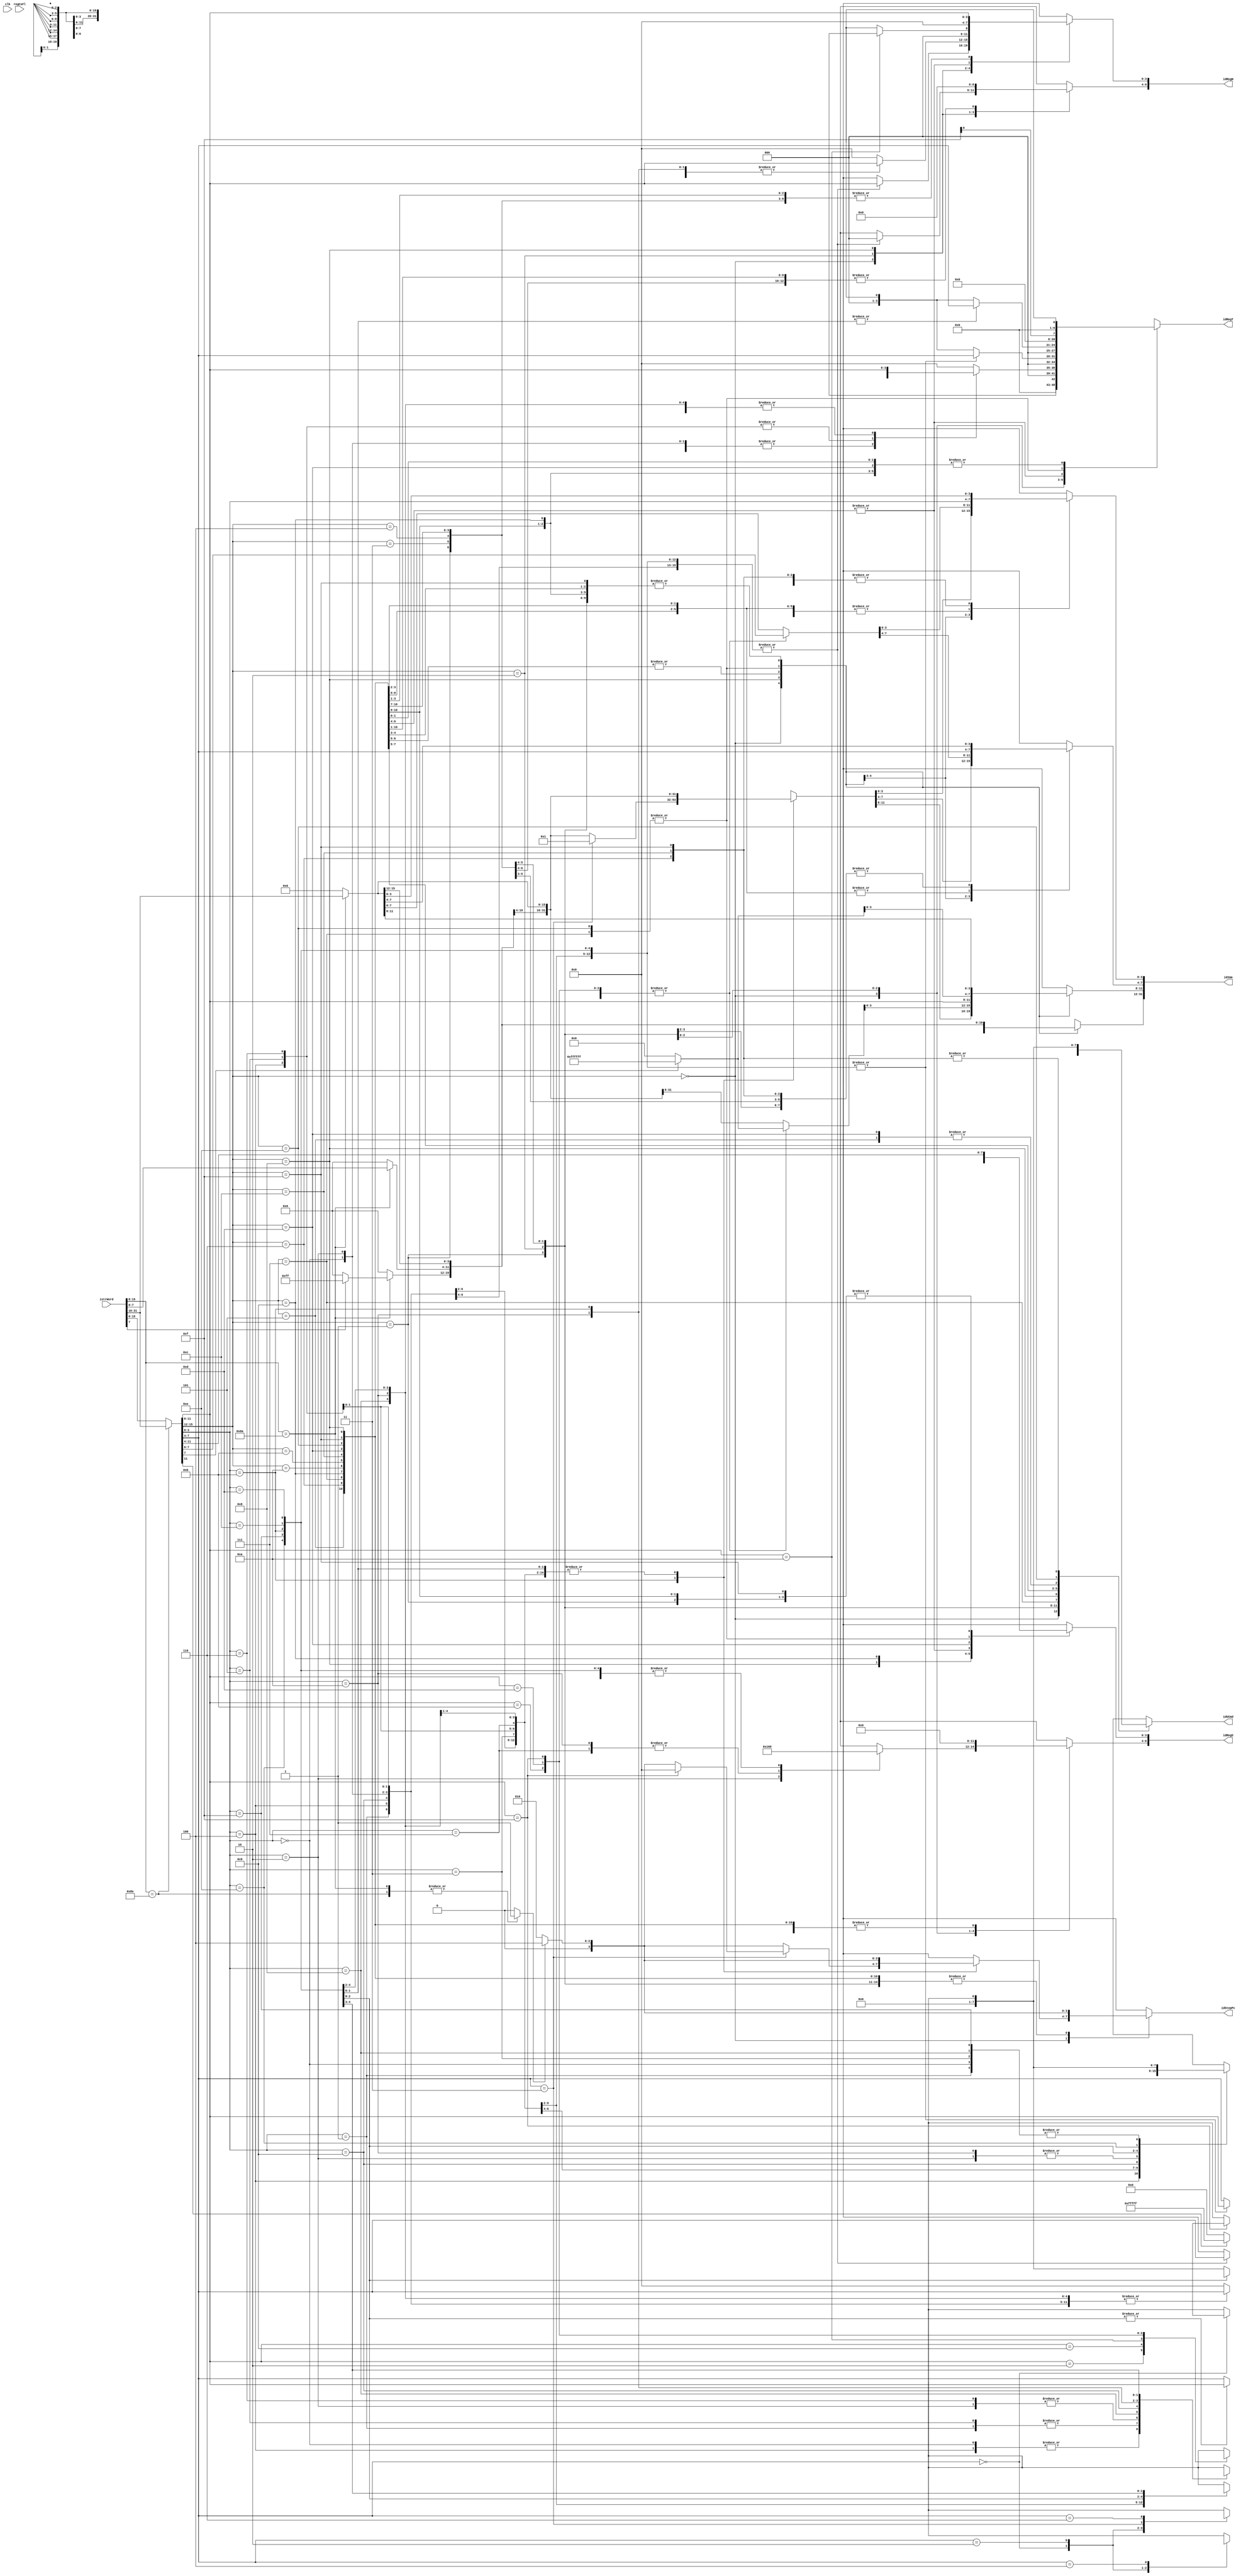
module DecOp2(
	/* verilator lint_off UNUSED */
	clk,
	istrWord,
	regCsFl,
	idRegN,
	idRegS,
	idRegT,
	idImm,
	idStepPc,
	idUCmd
	);

input clk;				//clock
input[31:0] istrWord;	//source instruction word
input[15:0] regCsFl;	//current SR/FPSCR

output[6:0] idRegN;
output[6:0] idRegS;
output[6:0] idRegT;
output[31:0] idImm;
output[3:0] idStepPc;

output[7:0] idUCmd;

reg isOp32;
reg isOp8E;
reg[7:0] opPfxImm;
reg[15:0] opCmdWord;

reg[6:0] opRegN;
reg[6:0] opRegS;
reg[6:0] opRegT;	//Index for mem ops
reg[31:0] opImm;	//Disp for mem ops
reg[7:0] opUCmd;

assign	idRegN = opRegN;
assign	idRegS = opRegS;
assign	idRegT = opRegT;
assign	idImm = opImm;
assign	idUCmd = opUCmd;

always @ (clk)
begin

	idStepPc = 2;
	
	opPfxImm=0;
	opCmdWord=0;

	opRegN=0;
	opRegS=0;
	opRegT=0;
	opUCmd=UCMD_UDBRK;
	opImm=0;


	isOp32=0;
	isOp8E=0;
	case(istrWord[15:8])
		8'h8A: begin
			isOp32=1;
			opCmdWord=istrWord[15:0];
			
			opImm[31:24]=istrWord[7]?8'hFF:8'h00;
			opImm[23:16]=istrWord[7:0];
			opImm[15: 0]=istrWord[31:16];
		end

		8'h8E: begin
			isOp32=1;
			isOp8E=1;
			opPfxImm=istrWord[7:0];
			opCmdWord=istrWord[31:16];
		end

		default: begin
			opCmdWord=istrWord[15:0];
		end
	endcase

	if(isOp32)
		idStepPc = 4;

	case(opCmdWord[15:12])
	4'h0: begin		//0xxx
		opRegN={3'h0, opCmdWord[11:8]};
		opRegS={3'h0, opCmdWord[ 7:4]};
		opRegT=UREG_R0;

		case(opCmdWord[3:0])
			4'h0: begin		//0xx0
				/* Unimplemented, 2A */
			end

			4'h1: begin		//0xx1
				/* Unimplemented, 2A */
			end
		
			4'h2: begin		//0xx2, STC
				opUCmd=UCMD_MOV_RR;
				opRegN={3'h0, opCmdWord[11:8]};
				opRegS={3'h5, opCmdWord[ 7:4]};
			end

			4'h3: begin		//0xx3
				case(opCmdWord[7:4])

				4'h3: begin
				end

				default: begin end

				endcase
			end

			4'h4: begin		//0xx4
				opUCmd=UCMD_MOVB_RM;
			end
			4'h5: begin		//0xx5
				opUCmd=UCMD_MOVW_RM;
			end
			4'h6: begin		//0xx6
				opUCmd=UCMD_MOVL_RM;
			end

			4'h7: begin		//0xx7
				opUCmd=UCMD_ALU_DMULS;
				opRegN[6:4]=3'h0;
				opRegS[6:4]=3'h4;
			end

			4'h8: begin		//0xx8
				case(opCmdWord[7:4])

				4'h3: begin
				end

				default: begin end

				endcase
			end

			4'h9: begin		//0xx9
				case(opCmdWord[7:4])

				4'h0: begin
					opUCmd=UCMD_NONE;
				end

				4'h3: begin
				end

				default: begin end

				endcase
			end

			4'hA: begin		//0xxA
				opUCmd=UCMD_MOV_RR;
				opRegN={3'h0, opCmdWord[11:8]};
				opRegS={3'h4, opCmdWord[ 7:4]};
			end

			4'hB: begin		//0zzB
				case(opCmdWord[7:4])

				4'h0: begin		//0z0B
					opUCmd=UCMD_RTS;
				end

				4'h2: begin		//0z2B
					opUCmd=UCMD_RTE;
				end

				4'h3: begin		//0z3B
					opUCmd=UCMD_UDBRK;
					opImm=1;
					if(opCmdWord[11:8]==4'hF)
					begin
						opUCmd=UCMD_NONE;
						idStepPc=0;
					end
				end

				4'h6: begin		//0z6B
					opUCmd=UCMD_RTSN;
				end

				default: begin end

				endcase
			end

			4'hC: begin		//0xxC
				opUCmd=UCMD_MOVB_MR;
			end

			4'hD: begin		//0xxD
				opUCmd=UCMD_MOVW_MR;
			end

			4'hE: begin		//0xxE
				opUCmd=UCMD_MOVL_MR;
			end

			4'hF: begin		//0xxF
				//MAC.L
			end

			default: begin end
		endcase
	end

	4'h1: begin		//1xxx
		opRegN={3'h0, opCmdWord[11:8]};
		opRegS={3'h0, opCmdWord[ 7:4]};
		opRegT=UREG_ZZR;
		opImm[3:0]=opCmdWord[ 3:0];
		opUCmd=UCMD_MOVL_RM;
	end

	4'h2: begin		//2xxx
		case(opCmdWord[3:0])
			4'h0: begin		//2xx0
				opUCmd=UCMD_MOVB_RM;
				opRegN={3'h0, opCmdWord[11:8]};
				opRegS={3'h0, opCmdWord[ 7:4]};
				opRegT=UREG_ZZR;
			end
			4'h1: begin		//2xx1
				opUCmd=UCMD_MOVW_RM;
				opRegN={3'h0, opCmdWord[11:8]};
				opRegS={3'h0, opCmdWord[ 7:4]};
				opRegT=UREG_ZZR;
			end
			4'h2: begin		//2xx2
				opUCmd=UCMD_MOVL_RM;
				opRegN={3'h0, opCmdWord[11:8]};
				opRegS={3'h0, opCmdWord[ 7:4]};
				opRegT=UREG_ZZR;
			end

			4'h4: begin		//2xx4
				opUCmd=UCMD_MOVB_RM;
				opRegN={3'h0, opCmdWord[11:8]};
				opRegS={3'h0, opCmdWord[ 7:4]};
				opRegT=UREG_MR_MEMDEC;
			end
			4'h5: begin		//2xx5
				opUCmd=UCMD_MOVW_RM;
				opRegN={3'h0, opCmdWord[11:8]};
				opRegS={3'h0, opCmdWord[ 7:4]};
				opRegT=UREG_MR_MEMDEC;
			end
			4'h6: begin		//2xx6
				opUCmd=UCMD_MOVL_RM;
				opRegN={3'h0, opCmdWord[11:8]};
				opRegS={3'h0, opCmdWord[ 7:4]};
				opRegT=UREG_MR_MEMDEC;
			end

			4'h8: begin		//2xx8
				opUCmd=UCMD_CMP_TST;
				opRegT={3'h0, opCmdWord[11:8]};
				opRegS={3'h0, opCmdWord[ 7:4]};
			end

			4'h9: begin		//2xx9
				opUCmd=UCMD_ALU_AND;
				opRegN={3'h0, opCmdWord[11:8]};
				opRegS={3'h0, opCmdWord[ 7:4]};
				opRegT={3'h0, opCmdWord[11:8]};
			end

			4'hA: begin		//2xxA
				opUCmd=UCMD_ALU_XOR;
				opRegT=opRegN;
				opRegN={3'h0, opCmdWord[11:8]};
				opRegS={3'h0, opCmdWord[ 7:4]};
				opRegT={3'h0, opCmdWord[11:8]};
			end

			4'hB: begin		//2xxB
				opUCmd=UCMD_ALU_OR;
				opRegT=opRegN;
				opRegN={3'h0, opCmdWord[11:8]};
				opRegS={3'h0, opCmdWord[ 7:4]};
				opRegT={3'h0, opCmdWord[11:8]};
			end


			4'hE: begin		//2xxE
				opUCmd=UCMD_ALU_MULUW;
				opRegT={3'h0, opCmdWord[11:8]};
				opRegS={3'h0, opCmdWord[ 7:4]};
			end

			4'hF: begin		//2xxF
				opUCmd=UCMD_ALU_MULSW;
				opRegT={3'h0, opCmdWord[11:8]};
				opRegS={3'h0, opCmdWord[ 7:4]};
			end

			default: begin end
		endcase
	end

	4'h3: begin		//3xxx
		opRegN[3:0]=opCmdWord[11:8];
		opRegS[3:0]=opCmdWord[ 7:4];
		opRegT=UREG_ZZR;

		case(opCmdWord[3:0])
			4'h0: begin		//3xx0
				opUCmd=UCMD_CMP_EQ;
				opRegS={3'h0, opCmdWord[11:8]};
				opRegT={3'h0, opCmdWord[ 7:4]};
			end

			4'h2: begin		//3xx2
				opUCmd=UCMD_CMP_HS;
				opRegS={3'h0, opCmdWord[11:8]};
				opRegT={3'h0, opCmdWord[ 7:4]};
			end
			4'h3: begin		//3xx3
				opUCmd=UCMD_CMP_GE;
				opRegS={3'h0, opCmdWord[11:8]};
				opRegT={3'h0, opCmdWord[ 7:4]};
			end


			4'h5: begin		//3xx5
				opUCmd=UCMD_ALU_DMULU;
				opRegS={3'h0, opCmdWord[11:8]};
				opRegT={3'h0, opCmdWord[ 7:4]};
			end

			4'h6: begin		//3xx6
				opUCmd=UCMD_CMP_HI;
				opRegS={3'h0, opCmdWord[11:8]};
				opRegT={3'h0, opCmdWord[ 7:4]};
			end
			4'h7: begin		//3xx7
				opUCmd=UCMD_CMP_GT;
				opRegS={3'h0, opCmdWord[11:8]};
				opRegT={3'h0, opCmdWord[ 7:4]};
			end

			4'h8: begin		//3xx8
				opUCmd=UCMD_ALU_SUB;
				opRegN={3'h0, opCmdWord[11:8]};
				opRegS={3'h0, opCmdWord[11:8]};
				opRegT={3'h0, opCmdWord[ 7:4]};
			end


			4'hA: begin		//3xxA
				opUCmd=UCMD_ALU_SUBC;
				opRegN={3'h0, opCmdWord[11:8]};
				opRegS={3'h0, opCmdWord[11:8]};
				opRegT={3'h0, opCmdWord[ 7:4]};
			end

			4'hB: begin		//3xxB
				opUCmd=UCMD_ALU_SUBV;
				opRegN={3'h0, opCmdWord[11:8]};
				opRegS={3'h0, opCmdWord[11:8]};
				opRegT={3'h0, opCmdWord[ 7:4]};
			end

			4'hC: begin		//3xxC
				opUCmd=UCMD_ALU_ADD;
				opRegN={3'h0, opCmdWord[11:8]};
				opRegS={3'h0, opCmdWord[11:8]};
				opRegT={3'h0, opCmdWord[ 7:4]};
			end

			4'hD: begin		//3xxD
				opUCmd=UCMD_ALU_DMULS;
				opRegS={3'h0, opCmdWord[11:8]};
				opRegT={3'h0, opCmdWord[ 7:4]};
			end

			4'hE: begin		//3xxE
				opUCmd=UCMD_ALU_ADDC;
				opRegN={3'h0, opCmdWord[11:8]};
				opRegS={3'h0, opCmdWord[11:8]};
				opRegT={3'h0, opCmdWord[ 7:4]};
			end

			4'hF: begin		//3xxF
				opUCmd=UCMD_ALU_ADDV;
				opRegN={3'h0, opCmdWord[11:8]};
				opRegS={3'h0, opCmdWord[11:8]};
				opRegT={3'h0, opCmdWord[ 7:4]};
			end

			default: begin end

		endcase
	end

	4'h4: begin		//4xxx
		opRegN={3'h0, opCmdWord[11:8]};
		opRegS={3'h0, opCmdWord[ 7:4]};
		opRegT=UREG_ZZR;

		case(opCmdWord[3:0])
			4'h0: begin		//4xx0
			end

			4'hB: begin		//4xxB
				opRegS={3'h0, opCmdWord[11:8]};
				
				case(opCmdWord[7:4])

				4'h0: begin
					opUCmd=UCMD_JSR;
				end

				4'h2: begin
					opUCmd=UCMD_JMP;
				end

				4'h3: begin
				end

				4'h4: begin
					opUCmd=UCMD_JSRN;
				end

				default: begin end

				endcase
			end

			4'hC: begin		//4xxC
				opUCmd=UCMD_ALU_SHAD;
				opRegN={3'h0, opCmdWord[11:8]};
				opRegS={3'h0, opCmdWord[11:8]};
				opRegT={3'h0, opCmdWord[ 7:4]};
			end

			4'hD: begin		//4xxD
				opUCmd=UCMD_ALU_SHLD;
				opRegN={3'h0, opCmdWord[11:8]};
				opRegS={3'h0, opCmdWord[11:8]};
				opRegT={3'h0, opCmdWord[ 7:4]};
			end

			default: begin end
		endcase
	end

	4'h5: begin		//5xxx
		opRegN={3'h0, opCmdWord[11:8]};
		opRegS={3'h0, opCmdWord[ 7:4]};
		opRegT=UREG_ZZR;
		opImm[3:0]=opCmdWord[ 3:0];
		opUCmd=UCMD_MOVL_MR;
	end

	4'h6: begin		//6xxx
		opRegN={3'h0, opCmdWord[11:8]};
		opRegS={3'h0, opCmdWord[ 7:4]};
		opRegT=UREG_ZZR;

		case(opCmdWord[3:0])
			4'h0: begin		//4xx0
			end

			default: begin end
		endcase
	end

	4'h7: begin		//7xxx
		opRegN={3'h0, opCmdWord[11:8]};
		opRegS={3'h0, opCmdWord[11:8]};
		opRegT=UREG_MR_IMM;
		opImm[7:0]=opCmdWord[ 7:0];
		opImm[31:8]=opCmdWord[7]?24'hFFFFFF:24'h000000;
		opUCmd=UCMD_ALU_ADD;
	end

	4'h8: begin		//8xxx
//		opRegN[3:0]=opCmdWord[11:8];
//		opRegS[3:0]=opCmdWord[ 7:4];
//		opRegT=UREG_ZZR;

		opRegN=UREG_ZZR;
		opRegS=UREG_ZZR;
		opRegT=UREG_ZZR;

		case(opCmdWord[11:8])
			4'h0: begin		//80xx
			end

			4'h2: begin		//82xx
				opImm[7:0]=opCmdWord[7:0];
				opImm[31:8]=opCmdWord[7]?24'hFFFFFF:24'h000000;
				opUCmd=UCMD_BRAN;
			end

			4'h9: begin		//89xx
				opImm[7:0]=opCmdWord[7:0];
				opImm[31:8]=opCmdWord[7]?24'hFFFFFF:24'h000000;
				opUCmd=UCMD_BT;
			end

			4'hA: begin		//8Axx-xxxx
				opRegN=UREG_R0;
//				opRegS=UREG_MR_IMM;
//				opRegT=UREG_MR_IMM;
				opUCmd=UCMD_MOV_RI;
			end

			4'hB: begin		//8Bxx
				opImm[7:0]=opCmdWord[7:0];
				opImm[31:8]=opCmdWord[7]?24'hFFFFFF:24'h000000;
				opUCmd=UCMD_BF;
			end

			4'hD: begin		//89xx
				opImm[7:0]=opCmdWord[7:0];
				opImm[31:8]=opCmdWord[7]?24'hFFFFFF:24'h000000;
				opUCmd=UCMD_BTS;
			end

			4'hF: begin		//8Bxx
				opImm[7:0]=opCmdWord[7:0];
				opImm[31:8]=opCmdWord[7]?24'hFFFFFF:24'h000000;
				opUCmd=UCMD_BFS;
			end

			default: begin end
		endcase
	end

	4'h9: begin		//9xxx
		opRegN[3:0]=opCmdWord[11:8];
		opRegS=UREG_PCW;
		opRegT=UREG_ZZR;
		opImm[7:0]=opCmdWord[ 7:0];
		opUCmd=UCMD_MOVW_MR;
	end

	4'hA: begin		//Axxx
		opImm[11:0]=opCmdWord[11:0];
		opImm[31:12]=opCmdWord[11]?20'hFFFFF:20'h00000;
		opUCmd=UCMD_BRA;
	end

	4'hB: begin		//Bxxx
		opImm[11:0]=opCmdWord[11:0];
		opImm[31:12]=opCmdWord[11]?20'hFFFFF:20'h00000;
		opUCmd=UCMD_BSR;
	end

	4'hC: begin		//Cxxx
//		opRegN[3:0]=opCmdWord[11:8];
//		opRegS[3:0]=opCmdWord[ 7:4];
//		opRegT=UREG_ZZR;

		case(opCmdWord[11:8])
			4'h0: begin		//C0xx
			end

			default: begin end
		endcase
	end

	4'hD: begin		//Dxxx
		opRegN[3:0]=opCmdWord[11:8];
		opRegS=UREG_PCL;
		opRegT=UREG_ZZR;
		opImm[7:0]=opCmdWord[ 7:0];
		opUCmd=UCMD_MOVL_MR;
	end


	4'hE: begin		//Exxx
		opRegN[3:0]=opCmdWord[11:8];
		opRegS[3:0]=opCmdWord[11:8];
		opRegT=UREG_MR_IMM;
		opImm[7:0]=opCmdWord[ 7:0];
		opImm[31:8]=opCmdWord[7]?24'hFFFFFF:24'h000000;
		opUCmd=UCMD_MOV_RI;
	end


	4'hF: begin		//Fxxx
		opRegN[3:0]=opCmdWord[11:8];
		opRegS[3:0]=opCmdWord[ 7:4];
		opRegT=UREG_ZZR;

		case(opCmdWord[3:0])
			4'h0: begin		//4xx0
			end

			default: begin end
		endcase
	end


	default: begin end

	endcase
end

endmodule